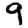
Digit: 9